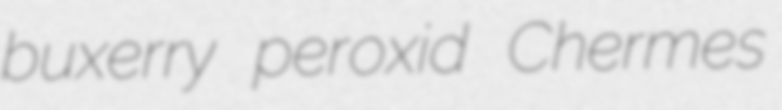
buxerry peroxid Chermes